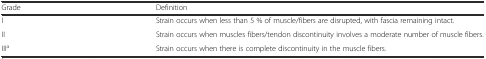
<table><thead><tr><td><b>Grade</b></td><td><b>Definition</b></td></tr></thead><tbody><tr><td>I</td><td>Strain occurs when less than 5 % of muscle/fibers are disrupted, with fascia remaining intact.</td></tr><tr><td>II</td><td>Strain occurs when muscles fibers/tendon discontinuity involves a moderate number of muscle fibers.</td></tr><tr><td>III<sup>a</sup></td><td>Strain occurs when there is complete discontinuity in the muscle fibers.</td></tr></tbody></table>